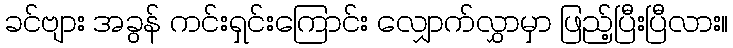
ခင်ဗျား အခွန် ကင်းရှင်းကြောင်း လျှောက်လွှာမှာ ဖြည့်ပြီးပြီလား။